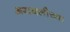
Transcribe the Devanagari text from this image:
अरावलीच्या